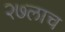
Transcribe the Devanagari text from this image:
२७लाच